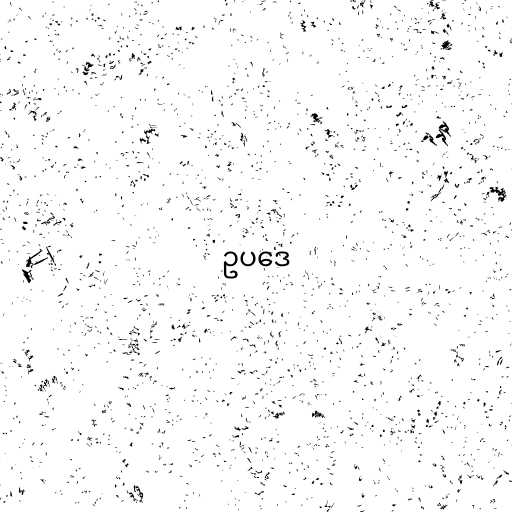
ဥပဒေ